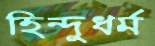
হিন্দুধর্ম